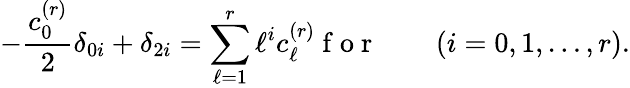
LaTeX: -\frac{c_{0}^{(r)}}{2}\delta_{0i}+\delta_{2i}=\sum_{\ell=1}^{r}\ell^{i}c_{\ell}^{(r)}\mathrm{~f~o~r~}\qquad(i=0,1,\dots,r).